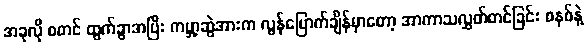
အခုလို စတင် ထွက်ခွာအပြီး ကမ္ဘာ့ဆွဲအားက လွန်မြောက်ချိန်မှာတော့ အာကာသလွှတ်တင်ခြင်း စနစ်နဲ့